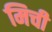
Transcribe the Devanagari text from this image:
मिची